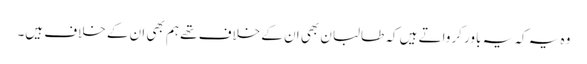
وہ یہ کہ یہ باور کرواتے ہیں کہ طالبان بھی ان کے خلاف تھے ہم بھی ان کے خلاف ہیں۔